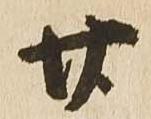
廿